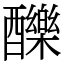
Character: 䤕